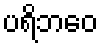
ပရိဘဝေ